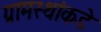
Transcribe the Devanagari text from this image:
ग्रामस्‍थांकडे